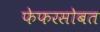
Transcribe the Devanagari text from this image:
फेफरसोबत